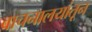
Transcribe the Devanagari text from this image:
वाचनालयांतून